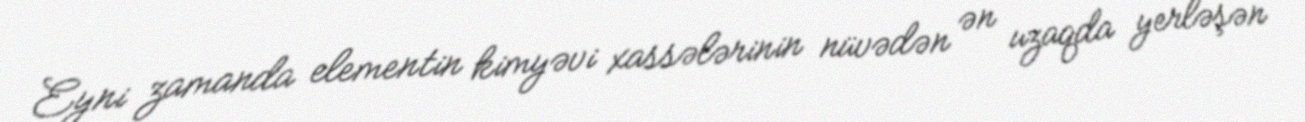
Eyni zamanda elementin kimyəvi xassələrinin nüvədən ən uzaqda yerləşən